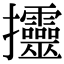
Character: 𢺰